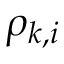
\rho _ { k , i }